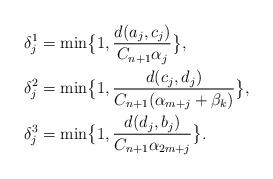
LaTeX: \begin{align*}\delta_j^1&=\min\bigl\{1,\frac{d(a_j, c_j)}{C_{n+1} \alpha_{j}}\bigr\},\\\delta_j^2&=\min\bigl\{1, \frac{d(c_j, d_j)}{C_{n+1} (\alpha_{m+j}+\beta_k)}\bigr\},\\\delta_j^3&=\min\bigl\{1, \frac{d(d_j, b_j)}{C_{n+1} \alpha_{2m+j}}\bigr\}.\end{align*}